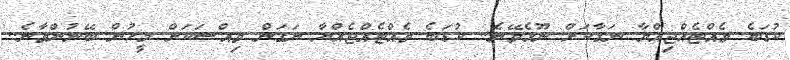
ކުޑަބެ ވެއްޓެއްޖިއްޔާ ނަގާކަށް ނޫޅެވޭނެ.. ކުޑަބެ ވެއްޓެއްޖެއްޔާ ނަގަން ވިއްސަކަށް މީހުން ބޭނުންވާނެ..